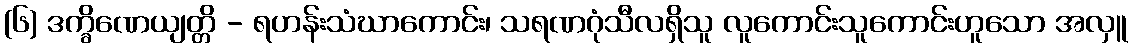
(၆) ဒက္ခိဏေယျတ္တိ - ရဟန်းသံဃာကောင်း၊ သရဏဂုံသီလရှိသူ လူကောင်းသူကောင်းဟူသော အလှူ